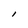
Character: l